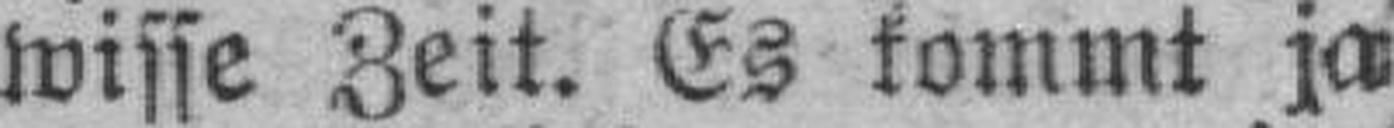
wisse Zeit. Es kommt ja